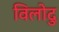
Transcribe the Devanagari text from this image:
विलोदु